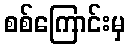
စစ်ကြောင်းမှ